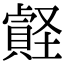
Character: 𡑧